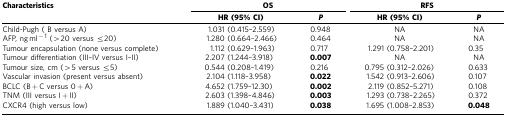
<table><thead><tr><td><b>Characteristics</b></td><td colspan="2"><b>OS</b></td><td colspan="2"><b>RFS</b></td></tr><tr><td><b> </b></td><td><b>HR (95% CI)</b></td><td><b><i>P</i></b></td><td><b>HR (95% CI)</b></td><td><b><i>P</i></b></td></tr></thead><tbody><tr><td>Child-Pugh ( B versus A)</td><td>1.031 (0.415–2.559)</td><td>0.948</td><td>NA</td><td>NA</td></tr><tr><td>AFP, ng ml<sup>−1</sup> (&gt;20 versus ≤20)</td><td>1.280 (0.664–2.466)</td><td>0.464</td><td>NA</td><td>NA</td></tr><tr><td>Tumour encapsulation (none versus complete)</td><td>1.112 (0.629–1.963)</td><td>0.717</td><td>1.291 (0.758–2.201)</td><td>0.35</td></tr><tr><td>Tumour differentiation (III–IV versus I–II)</td><td>2.207 (1.244–3.918)</td><td><b>0.007</b></td><td>NA</td><td>NA</td></tr><tr><td>Tumour size, cm (&gt;5 versus ≤5)</td><td>0.544 (0.208–1.419)</td><td>0.216</td><td>0.795 (0.312–2.026)</td><td>0.633</td></tr><tr><td>Vascular invasion (present versus absent)</td><td>2.104 (1.118–3.958)</td><td><b>0.022</b></td><td>1.542 (0.913–2.606)</td><td>0.107</td></tr><tr><td>BCLC (B+C versus 0+A)</td><td>4.652 (1.759–12.30)</td><td><b>0.002</b></td><td>2.119 (0.852–5.271)</td><td>0.108</td></tr><tr><td>TNM (III versus I+II)</td><td>2.603 (1.398–4.846)</td><td><b>0.003</b></td><td>1.293 (0.738–2.265)</td><td>0.372</td></tr><tr><td>CXCR4 (high versus low)</td><td>1.889 (1.040–3.431)</td><td><b>0.038</b></td><td>1.695 (1.008–2.853)</td><td><b>0.048</b></td></tr></tbody></table>